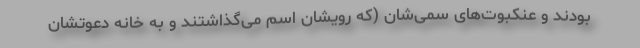
بودند و عنکبوت‌های سمی‌شان (که رویشان اسم می‌گذاشتند و به خانه دعوتشان